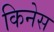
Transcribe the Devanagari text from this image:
किनेस